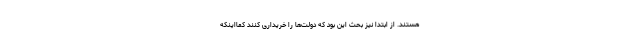
هستند. از ابتدا نیز بحث این بود که دولت‌ها را خریداری کنند کمااینکه